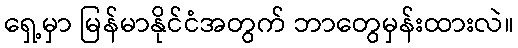
ရှေ့မှာ မြန်မာနိုင်ငံအတွက် ဘာတွေမှန်းထားလဲ။